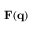
\mathbf { F } ( \mathbf { q } )